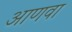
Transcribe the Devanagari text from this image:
आणवा